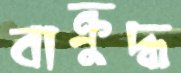
বাক্রুদ্ধ